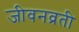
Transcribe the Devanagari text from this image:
जीवनव्रती